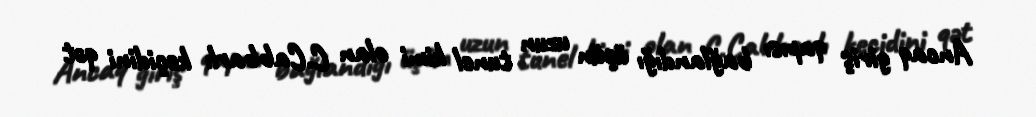
Ancaq giriş qapısı bağlandığı üçün uzun tunel kimi olan C.Cabbarlı keçidini qət